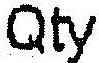
QTY